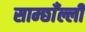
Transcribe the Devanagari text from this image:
साम्छाँल्ली